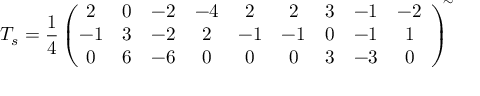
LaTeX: T _ { s } = \frac { 1 } { 4 } \left( \! \! \! \begin{array} { c c c c c c c c c } { { 2 } } & { { 0 } } & { { - 2 } } & { { - 4 } } & { { 2 } } & { { 2 } } & { { 3 } } & { { - 1 } } & { { - 2 } } \\ { { - 1 } } & { { 3 } } & { { - 2 } } & { { 2 } } & { { - 1 } } & { { - 1 } } & { { 0 } } & { { - 1 } } & { { 1 } } \\ { { 0 } } & { { 6 } } & { { - 6 } } & { { 0 } } & { { 0 } } & { { 0 } } & { { 3 } } & { { - 3 } } & { { 0 } } \end{array} \right) ^ { \! \! \sim }